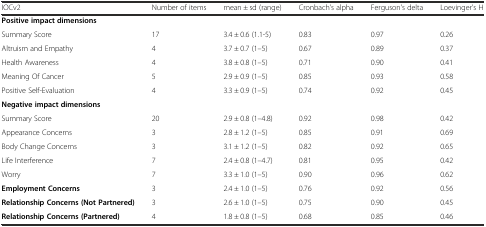
<table><thead><tr><td><b>IOCv2</b></td><td><b>Number of items</b></td><td><b>mean ± sd (range)</b></td><td><b>Cronbach&#x27;s alpha</b></td><td><b>Ferguson&#x27;s delta</b></td><td><b>Loevinger&#x27;s H</b></td></tr></thead><tbody><tr><td colspan="6"><b>Positive impact dimensions</b></td></tr><tr><td>Summary Score</td><td>17</td><td>3.4 ± 0.6 (1.1-5)</td><td>0.83</td><td>0.97</td><td>0.26</td></tr><tr><td>Altruism and Empathy</td><td>4</td><td>3.7 ± 0.7 (1–5)</td><td>0.67</td><td>0.89</td><td>0.37</td></tr><tr><td>Health Awareness</td><td>4</td><td>3.8 ± 0.8 (1–5)</td><td>0.71</td><td>0.90</td><td>0.41</td></tr><tr><td>Meaning Of Cancer</td><td>5</td><td>2.9 ± 0.9 (1–5)</td><td>0.85</td><td>0.93</td><td>0.58</td></tr><tr><td>Positive Self-Evaluation</td><td>4</td><td>3.3 ± 0.9 (1–5)</td><td>0.74</td><td>0.92</td><td>0.45</td></tr><tr><td colspan="6"><b>Negative impact dimensions</b></td></tr><tr><td>Summary Score</td><td>20</td><td>2.9 ± 0.8 (1–4.8)</td><td>0.92</td><td>0.98</td><td>0.42</td></tr><tr><td>Appearance Concerns</td><td>3</td><td>2.8 ± 1.2 (1–5)</td><td>0.85</td><td>0.91</td><td>0.69</td></tr><tr><td>Body Change Concerns</td><td>3</td><td>3.1 ± 1.2 (1–5)</td><td>0.82</td><td>0.92</td><td>0.65</td></tr><tr><td>Life Interference</td><td>7</td><td>2.4 ± 0.8 (1–4.7)</td><td>0.81</td><td>0.95</td><td>0.42</td></tr><tr><td>Worry</td><td>7</td><td>3.3 ± 1.0 (1–5)</td><td>0.90</td><td>0.96</td><td>0.62</td></tr><tr><td><b>Employment Concerns</b></td><td>3</td><td>2.4 ± 1.0 (1–5)</td><td>0.76</td><td>0.92</td><td>0.56</td></tr><tr><td><b>Relationship Concerns (Not Partnered)</b></td><td>3</td><td>2.6 ± 1.0 (1–5)</td><td>0.75</td><td>0.90</td><td>0.45</td></tr><tr><td><b>Relationship Concerns (Partnered)</b></td><td>4</td><td>1.8 ± 0.8 (1–5)</td><td>0.68</td><td>0.85</td><td>0.46</td></tr></tbody></table>